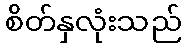
စိတ်နှလုံးသည်